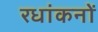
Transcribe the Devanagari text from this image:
रधांकनों